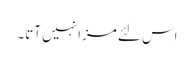
اس لئے مزا نہیں آتا۔